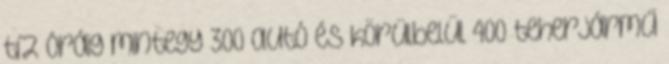
tíz óráig mintegy 300 autó és körülbelül 400 teherjármű